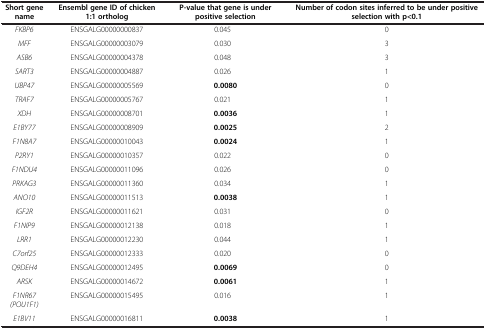
<table><thead><tr><td><b>Short gene name</b></td><td><b>Ensembl gene ID of chicken 1:1 ortholog</b></td><td><b>P-value that gene is under positive selection</b></td><td><b>Number of codon sites inferred to be under positive selection with p&lt;0.1</b></td></tr></thead><tbody><tr><td><i>FKBP6</i></td><td>ENSGALG00000000837</td><td>0.045</td><td>0</td></tr><tr><td><i>MFF</i></td><td>ENSGALG00000003079</td><td>0.030</td><td>3</td></tr><tr><td><i>ASB6</i></td><td>ENSGALG00000004378</td><td>0.048</td><td>3</td></tr><tr><td><i>SART3</i></td><td>ENSGALG00000004887</td><td>0.026</td><td>1</td></tr><tr><td><i>UBP47</i></td><td>ENSGALG00000005569</td><td><b>0.0080</b></td><td>0</td></tr><tr><td><i>TRAF7</i></td><td>ENSGALG00000005767</td><td>0.021</td><td>1</td></tr><tr><td><i>XDH</i></td><td>ENSGALG00000008701</td><td><b>0.0036</b></td><td>1</td></tr><tr><td><i>E1BY77</i></td><td>ENSGALG00000008909</td><td><b>0.0025</b></td><td>2</td></tr><tr><td><i>F1N8A7</i></td><td>ENSGALG00000010043</td><td><b>0.0024</b></td><td>1</td></tr><tr><td><i>P2RY1</i></td><td>ENSGALG00000010357</td><td>0.022</td><td>0</td></tr><tr><td><i>F1NDU4</i></td><td>ENSGALG00000011096</td><td>0.026</td><td>0</td></tr><tr><td><i>PRKAG3</i></td><td>ENSGALG00000011360</td><td>0.034</td><td>1</td></tr><tr><td><i>ANO10</i></td><td>ENSGALG00000011513</td><td><b>0.0038</b></td><td>1</td></tr><tr><td><i>IGF2R</i></td><td>ENSGALG00000011621</td><td>0.031</td><td>0</td></tr><tr><td><i>F1NIP9</i></td><td>ENSGALG00000012138</td><td>0.018</td><td>1</td></tr><tr><td><i>LRR1</i></td><td>ENSGALG00000012230</td><td>0.044</td><td>1</td></tr><tr><td><i>C7orf25</i></td><td>ENSGALG00000012333</td><td>0.020</td><td>0</td></tr><tr><td><i>Q9DEH4</i></td><td>ENSGALG00000012495</td><td><b>0.0069</b></td><td>0</td></tr><tr><td><i>ARSK</i></td><td>ENSGALG00000014672</td><td><b>0.0061</b></td><td>1</td></tr><tr><td><i>F1NR67 (POU1F1)</i></td><td>ENSGALG00000015495</td><td>0.016</td><td>1</td></tr><tr><td><i>E1BV11</i></td><td>ENSGALG00000016811</td><td><b>0.0038</b></td><td>1</td></tr></tbody></table>